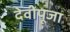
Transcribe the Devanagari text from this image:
देवीपूजा